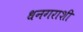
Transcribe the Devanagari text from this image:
धनगराशी